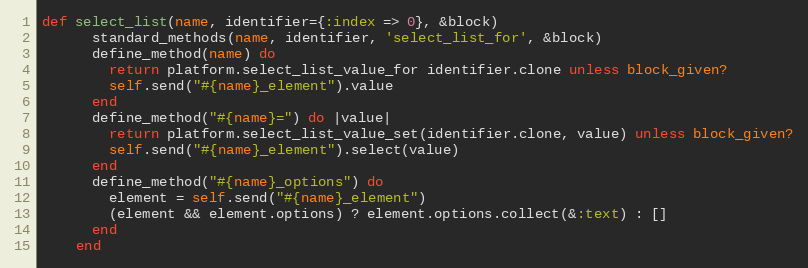
Language: Ruby
def select_list(name, identifier={:index => 0}, &block)
      standard_methods(name, identifier, 'select_list_for', &block)
      define_method(name) do
        return platform.select_list_value_for identifier.clone unless block_given?
        self.send("#{name}_element").value
      end
      define_method("#{name}=") do |value|
        return platform.select_list_value_set(identifier.clone, value) unless block_given?
        self.send("#{name}_element").select(value)
      end
      define_method("#{name}_options") do
        element = self.send("#{name}_element")
        (element && element.options) ? element.options.collect(&:text) : []
      end
    end